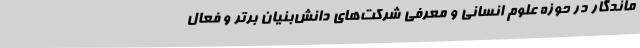
ماندگار در حوزه علوم انسانی و معرفی شرکت‌های دانش‌بنیان برتر و فعال